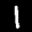
Label: 1